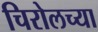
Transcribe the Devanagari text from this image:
चिरोलच्या